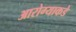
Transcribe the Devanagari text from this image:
आरोग्याकडे